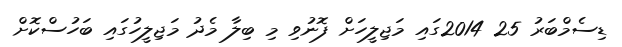
ޑިސެމްބަރު 25 2014ގައި މަޖިލީހަށް ފޮނުވި މި ބިލާ މެދު މަޖިލީހުގައި ބަހުސްކޮށް